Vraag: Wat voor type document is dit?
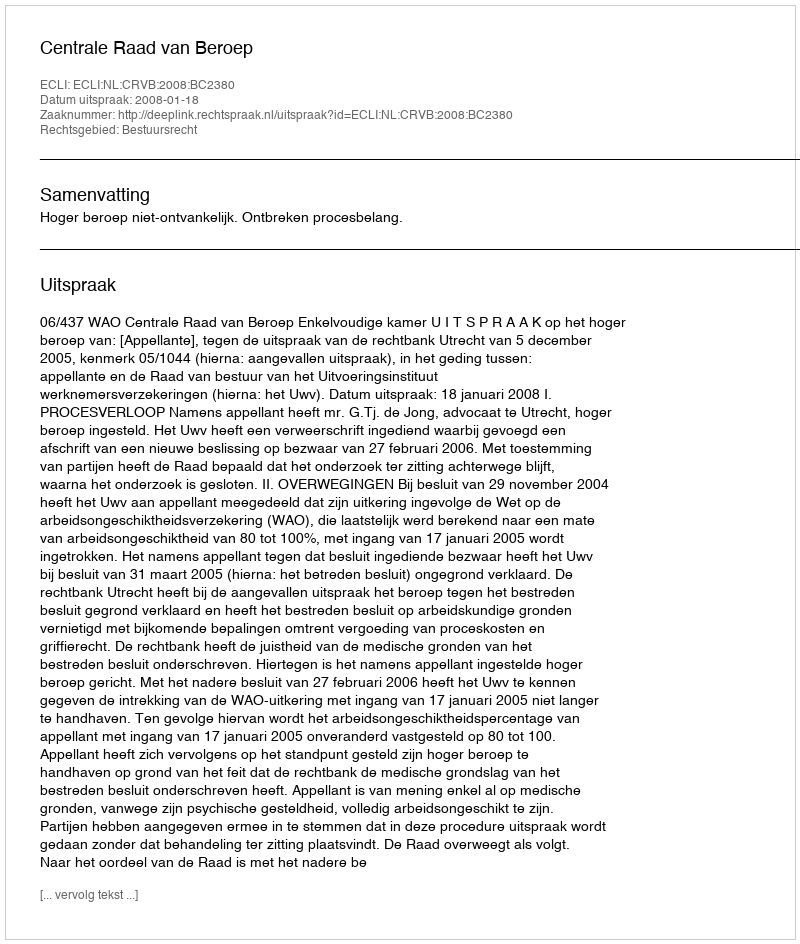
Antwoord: Uitspraak